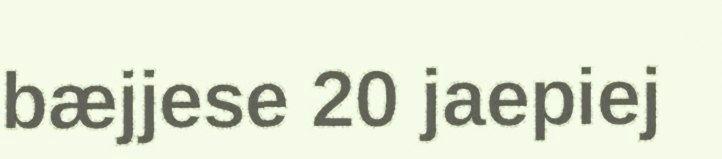
bæjjese 20 jaepiej